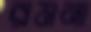
রমনা